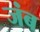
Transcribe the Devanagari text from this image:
जंब